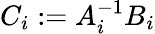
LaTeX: C_{i}:=A_{i}^{-1}B_{i}